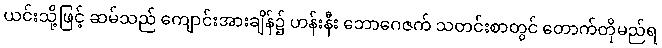
ယင်းသို့ဖြင့် ဆမ်သည် ကျောင်းအားချိန်၌ ဟန်းနီး ဘောဂေဇက် သတင်းစာတွင် တောက်တိုမည်ရ